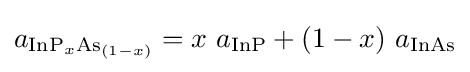
a_{\mathrm {InP} _{x}\mathrm {As} _{(1-x)}}=x\ a_{\mathrm {InP} }+(1-x)\ a_{\mathrm {InAs} }